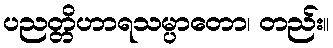
ပညတ္တိဟာရသမ္ပာတော၊ တည်း။